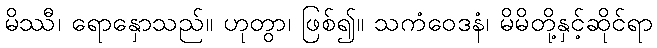
မိဿီ၊ ရောနှောသည်။ ဟုတွာ၊ ဖြစ်၍။ သကံဝေဒနံ၊ မိမိတို့နှင့်ဆိုင်ရာ